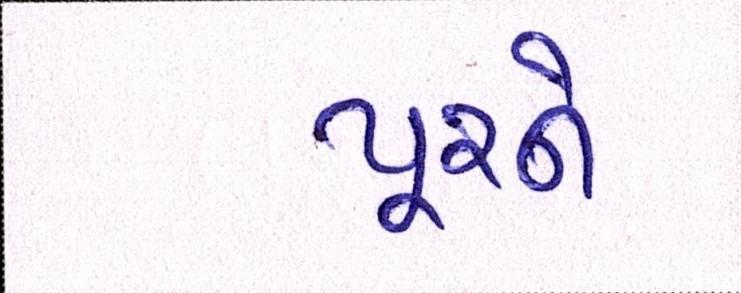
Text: પૂરને